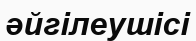
әйгілеушісі